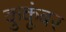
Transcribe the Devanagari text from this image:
कुकूंबर